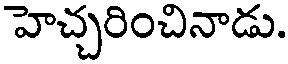
హెచ్చరించినాడు.